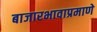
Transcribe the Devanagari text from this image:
बाजारभावाप्रमाणे